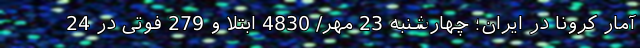
آمار کرونا در ایران؛ چهارشنبه 23 مهر/ 4830 ابتلا و 279 فوتی در 24